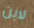
لابن